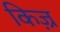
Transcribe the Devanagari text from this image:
किज़्र